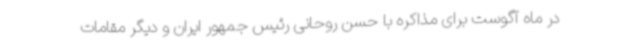
در ماه آگوست برای مذاکره با حسن روحانی رئیس جمهور ایران و دیگر مقامات